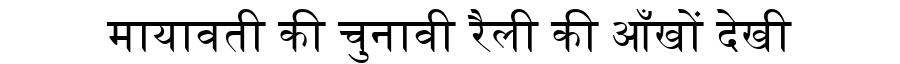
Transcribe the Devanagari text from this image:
मायावती की चुनावी रैली की आँखों देखी